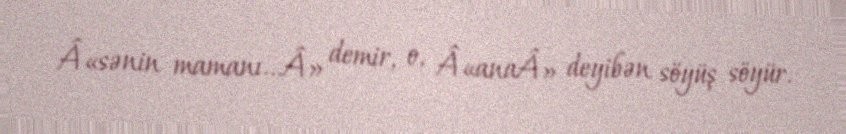
Â«sənin mamanı...Â» demir, o, Â«anaÂ» deyibən söyüş söyür.